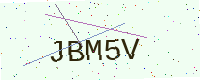
Text: JBM5V